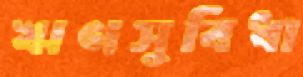
ঋণসুবিধা